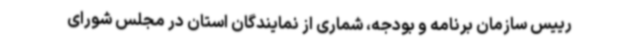
رییس سازمان برنامه و بودجه، شماری از نمایندگان استان در مجلس شورای